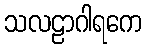
သလဠာဂါရကေ